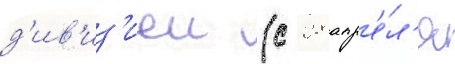
д'ив'из'иеи (с 28 апр'е́л'я